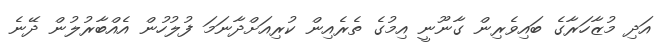
އަދި މުޒާހަރާގެ ބައިވެރިން ގާނޫނީ އިމުގެ ތެރެއިން ކުރިއަށްދާނަމަ ފުލުހުން އެއްބާރުލުން ދޭނެ